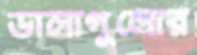
ডালাগুলোর